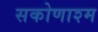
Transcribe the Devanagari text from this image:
सकोणाश्म